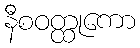
နီစဝတ္ထုကော